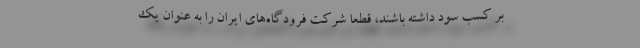
بر کسب سود داشته باشند، قطعا شرکت فرودگاه‌های ایران را به عنوان یک